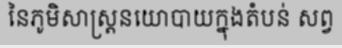
នៃភូមិសាស្ត្រនយោបាយក្នុងតំបន់ សព្វ